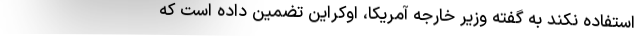
استفاده نکند به گفته وزیر خارجه آمریکا، اوکراین تضمین داده است که